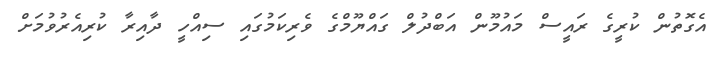
އެގޮތުން ކުރީގެ ރައީސް މައުމޫން އަބްދުލް ގައްޔޫމްގެ ވެރިކަމުގައި ސިއްހީ ދާއިރާ ކުރިއެރުވުމަށް